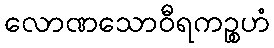
လောဏသောဝီရကဉ္စဟံ